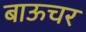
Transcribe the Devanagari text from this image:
बाऊचर